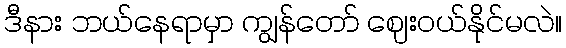
ဒီနား ဘယ်နေရာမှာ ကျွန်တော် ဈေးဝယ်နိုင်မလဲ။